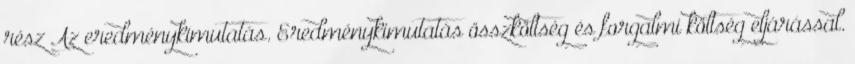
rész Az eredménykimutatás. Eredménykimutatás összköltség és forgalmi költség eljárással.